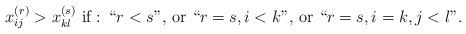
LaTeX: \begin{align*}\textrm{$x_{ij}^{(r)}>x_{kl}^{(s)}$ if : ``$r<s$'', or ``$r=s,i<k$'', or ``$r=s,i=k,j<l$''.}\end{align*}